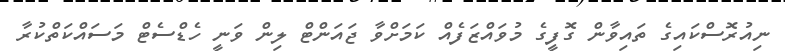
ނިއުރޮސްކައިގެ ތައިވާން ގޮފީގެ މުވައްޒަފެއް ކަމަށްވާ ޖައަންޓް ލިން ވަނީ ހެޑްސެޓް މަސައްކަތްކުރާ